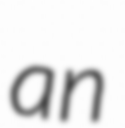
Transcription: an